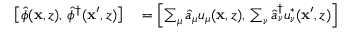
\begin{array} { r l } { \left[ \hat { \phi } ( \mathbf { x } , z ) , \, \hat { \phi } ^ { \dagger } ( \mathbf { x } ^ { \prime } , z ) \right] } & { { } = \Bigl [ \sum _ { \mu } \hat { a } _ { \mu } u _ { \mu } ( \mathbf { x } , z ) , \, \sum _ { \nu } \hat { a } _ { \nu } ^ { \dagger } u _ { \nu } ^ { * } ( \mathbf { x } ^ { \prime } , z ) \Bigr ] } \end{array}